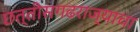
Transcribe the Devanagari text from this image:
छत्तीसगढराज्याचा